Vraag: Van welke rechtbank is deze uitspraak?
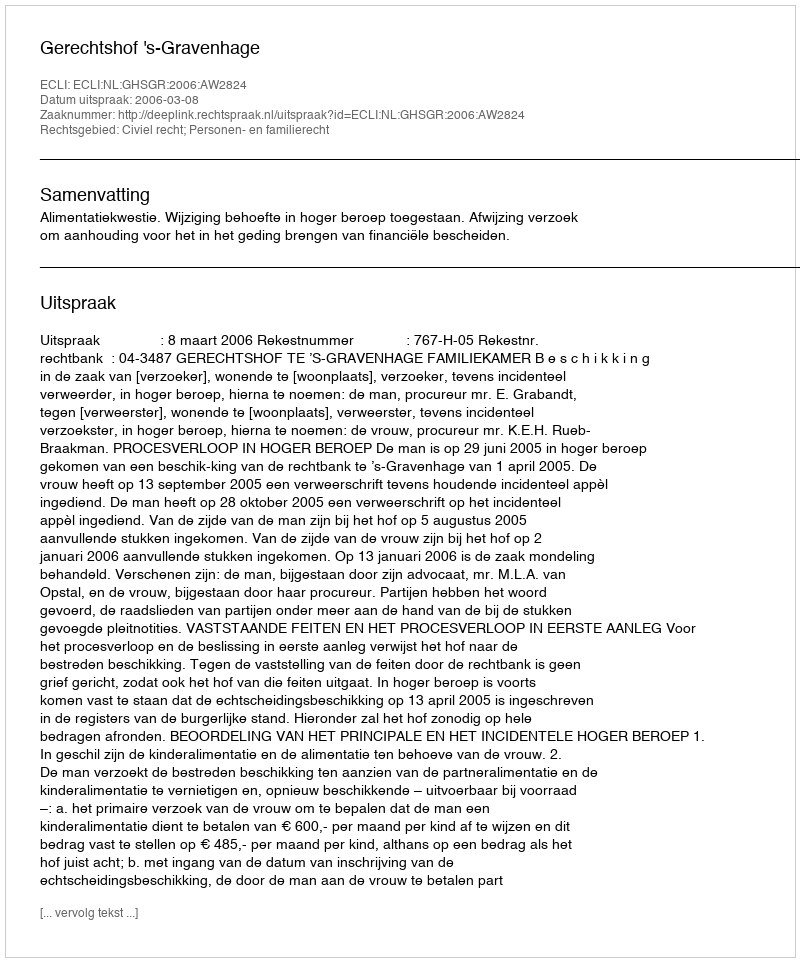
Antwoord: Gerechtshof 's-Gravenhage